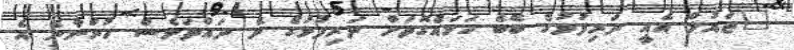
"ޒައުލް އެއީ ދަރިފުޅުގެ ބޭބެ ހަމައެގޮތަށް ދަރިފުޅުގެ ދެ ދައްތަވެސް ހުންނާނެ އެ